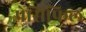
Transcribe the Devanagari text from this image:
पेसिफिल